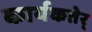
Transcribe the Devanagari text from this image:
कार्यकतेर्